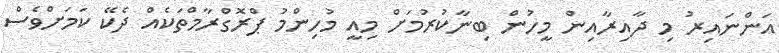
އަންނައިރު މި ދާއިރާއިން މީހުން ބިނާކުރުމަށް މިއީ މުހިންމު ޕްރޮގްރާމްތަކެއް ދެކޭ ކަމަށްވެސް